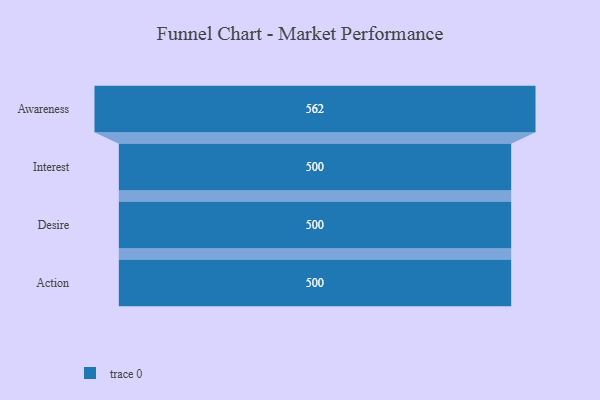
{"axis": {"x": "Stage", "y": "Value"}, "legend": [""], "data": [{"x": "Awareness", "y": 562.0, "type": ""}, {"x": "Interest", "y": 500, "type": ""}, {"x": "Desire", "y": 500, "type": ""}, {"x": "Action", "y": 500, "type": ""}]}